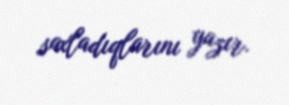
saxladıqlarını yazır.